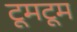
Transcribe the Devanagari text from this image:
टूमटूम